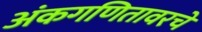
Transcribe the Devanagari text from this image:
अंकगणितावरचे